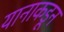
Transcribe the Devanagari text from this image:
यानाकडून